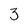
Character: 3